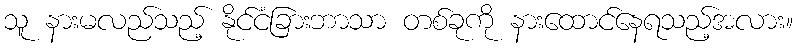
သူ နားမလည်သည့် နိုင်ငံခြားဘာသာ တစ်ခုကို နားထောင်နေရသည့်အလား။